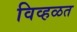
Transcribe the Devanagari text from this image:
विव्हळत